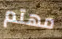
مهتم